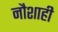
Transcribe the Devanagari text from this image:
नौशाही